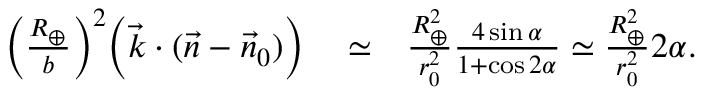
\begin{array} { r l r } { \Big ( \frac { R _ { \oplus } } { b } \Big ) ^ { 2 } \Big ( { \vec { k } } \cdot ( { \vec { n } } - { \vec { n } } _ { 0 } ) \Big ) } & { { } \simeq } & { \frac { R _ { \oplus } ^ { 2 } } { r _ { 0 } ^ { 2 } } \frac { 4 \sin \alpha } { 1 + \cos 2 \alpha } \simeq \frac { R _ { \oplus } ^ { 2 } } { r _ { 0 } ^ { 2 } } 2 \alpha . } \end{array}